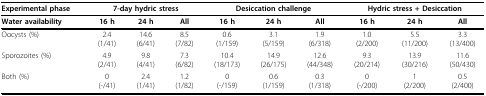
<table><thead><tr><td><b>Experimental phase</b></td><td colspan="3"><b>7-day hydric stress</b></td><td colspan="3"><b>Desiccation challenge</b></td><td colspan="3"><b>Hydric stress + Desiccation</b></td></tr></thead><tbody><tr><td><b>Water availability</b></td><td><b>16 h</b></td><td><b>24 h</b></td><td><b>All</b></td><td><b>16 h</b></td><td><b>24 h</b></td><td><b>All</b></td><td><b>16 h</b></td><td><b>24 h</b></td><td><b>All</b></td></tr><tr><td>Oocysts (%)</td><td>2.4(1/41)</td><td>14.6(6/41)</td><td>8.5(7/82)</td><td>0.6(1/159)</td><td>3.1(5/159)</td><td>1.9(6/318)</td><td>1.0(2/200)</td><td>5.5(11/200)</td><td>3.3(13/400)</td></tr><tr><td>Sporozoites (%)</td><td>4.9(2/41)</td><td>9.8(4/41)</td><td>7.3(6/82)</td><td>10.4(18/173)</td><td>14.9(26/175)</td><td>12.6(44/348)</td><td>9.3(20/214)</td><td>13.9(30/216)</td><td>11.6(50/430)</td></tr><tr><td>Both (%)</td><td>0(-/41)</td><td>2.4(1/41)</td><td>1.2(1/82)</td><td>0(-/159)</td><td>0.6(1/159)</td><td>0.3(1/318)</td><td>0(-/200)</td><td>1(2/200)</td><td>0.5(2/400)</td></tr></tbody></table>